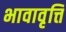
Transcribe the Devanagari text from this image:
भावावृत्ति